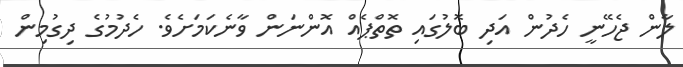
ލާން ޖެހޭނީ ހެދުން އަދި ބޮލުގައި ތޮތްޕެއް އޮންނަން ވާނެކަމަށެވެ. ހެދުމުގެ ދިގުމިން